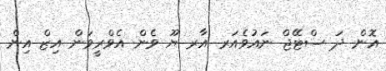
އޮން ދަ ސްޓޭޖް ނައުވެއަރ އާރ ޔޫ ވެން އެވްރީވަން އިޒް އިން